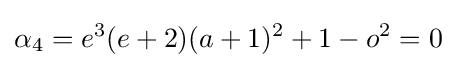
\alpha _{4}=e^{3}(e+2)(a+1)^{2}+1-o^{2}=0